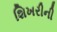
શિખરીની